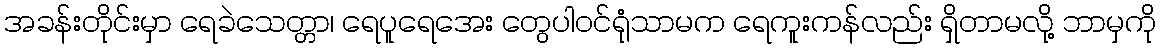
အခန်းတိုင်းမှာ ရေခဲသေတ္တာ၊ ရေပူရေအေး တွေပါ၀င်ရုံသာမက ရေကူးကန်လည်း ရှိတာမလို့ ဘာမှကို